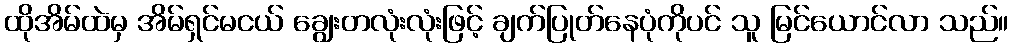
ထိုအိမ်ထဲမှ အိမ်ရှင်မငယ် ချွေးတလုံးလုံးဖြင့် ချက်ပြုတ်နေပုံကိုပင် သူ မြင်ယောင်လာ သည်။